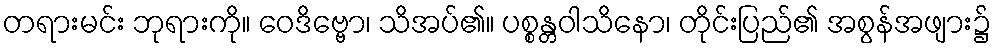
တရားမင်း ဘုရားကို။ ဝေဒိဗ္ဗော၊ သိအပ်၏။ ပစ္စန္တဝါသိနော၊ တိုင်းပြည်၏ အစွန်အဖျား၌